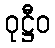
ဝုဋ္ဌီဝ